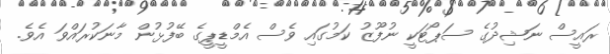
ރައީސް ނަޝިދުގެ ސަޕޯޓަކީ ނުފޫޒު ކަމުގައި ވެސް އެމްޑީޕީގެ ބޭފުޅުން މާނަކުރައްވަ އެވެ.